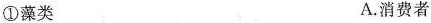
①藻类 A.消费者